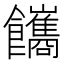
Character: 䭨